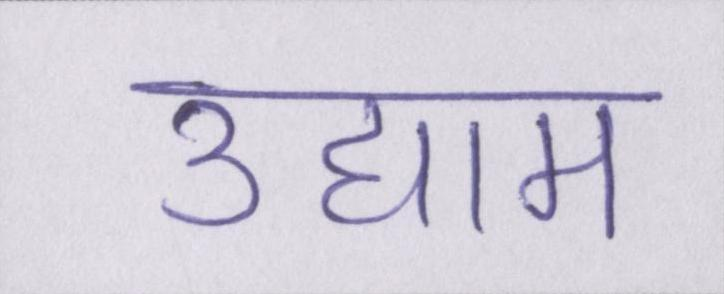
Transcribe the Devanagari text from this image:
उद्याम